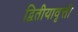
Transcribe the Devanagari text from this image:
द्वितीयावृत्ती